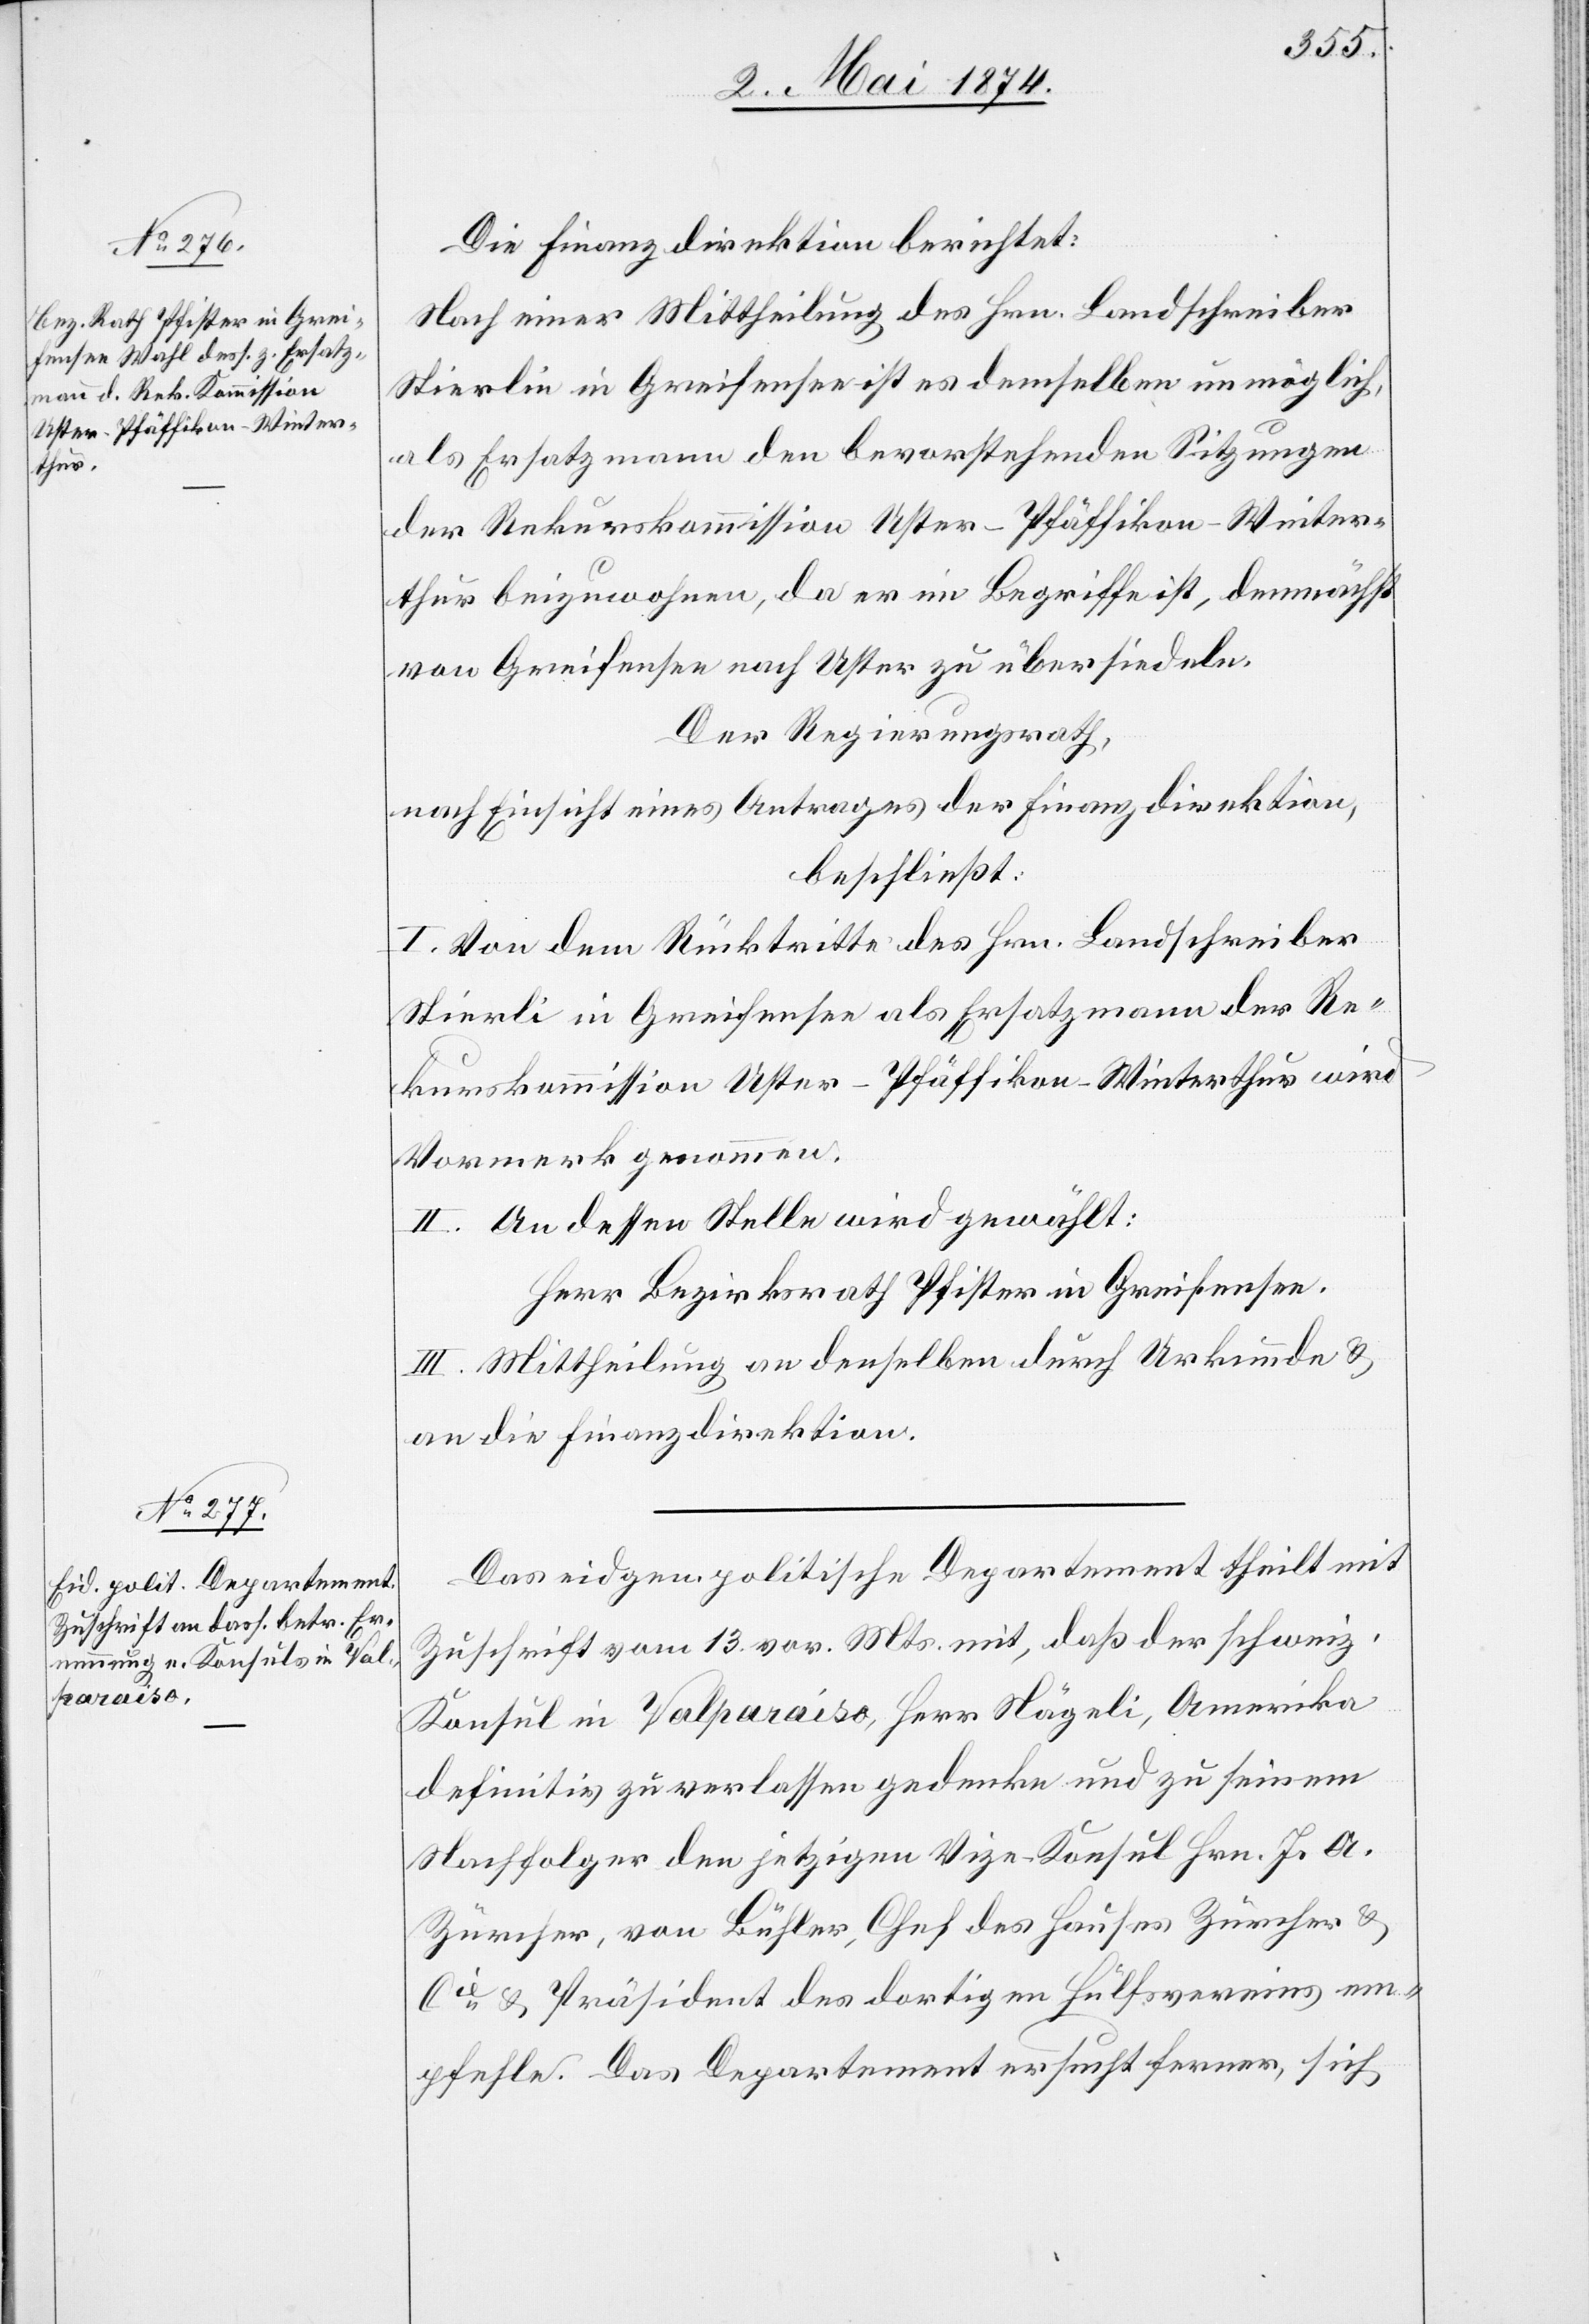
Die Finanzdirektion berichtet:
Nach einer Mittheilung des Hrn. Landschreiber
Stierli in Greifensee ist es demselben unmöglich,
als Ersatzmann den bevorstehenden Sitzungen
der Rekurskommission Uster-Pfäffikon-Winter¬
thur beizuwohnen, da er im Begriffe ist, demnächst
von Greifensee nach Uster zu übersiedeln.
Der Regierungsrath,
nach Einsicht eines Antrages der Finanzdirektion,
beschließt:
I. Von dem Rücktritt des Hrn. Landschreiber
Stierli in Greifensee als Ersatzmann der Re¬
kurskommission Uster-Pfäffikon-Winterthur wird
Vormerk genommen.
II. An dessen Stelle wird gewählt:
Herr Bezirksrath Pfister in Greifensee.
III. Mittheilung an denselben durch Urkunde u.
an die Finanzdirektion.
Das eidgen. politische Departement theilt mit
Zuschrift vom 13. vor. Mts. mit, daß der schweiz.
Konsul in Valparaiso, Herr Nägeli, Amerika
definitiv zu verlassen gedenke und zu seinem
Nachfolger den jetzigen Vize-Konsul Hrn. Js. A.
Zürcher, von Bühler, Chef des Hauses Zürcher u.
Cie u. Präsident des dortigen Hülfsvereins em¬
pfehle. Das Departement ersucht ferner, sich